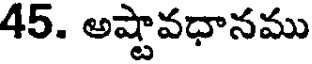
45. అష్టావధానము